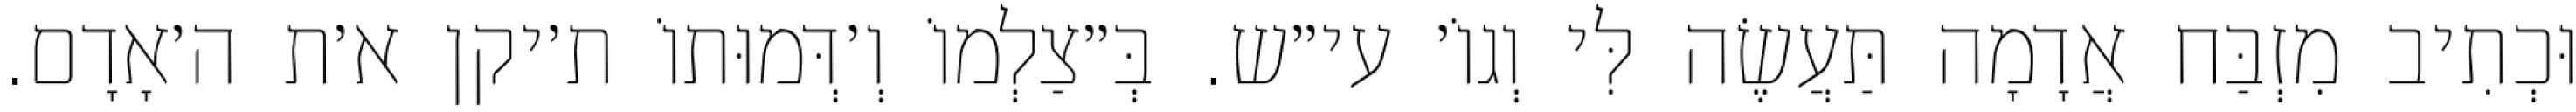
וּכְתִיב מִזְבַּח אֲדָמָה תַּעֲשֶׂה לִּי וְגוֹ׳ עי״ש. בְּ״צַלְמוֹ וְ׳דְּמוּתוֹ ת׳יקן א׳ת ה׳אָדָם.